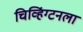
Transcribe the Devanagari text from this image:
चिव्हिंग्टनला